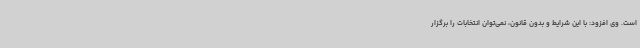
است. وی افزود: با این شرایط و بدون قانون، نمی‌توان انتخابات را برگزار